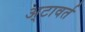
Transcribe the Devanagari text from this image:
अ्टावर्त